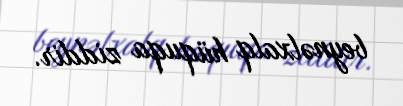
beynəlxalq hüquqa ziddir.